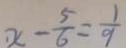
x - \frac { 5 } { 6 } = \frac { 1 } { 9 }